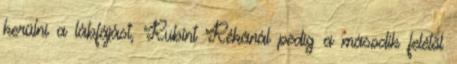
kerülni a lábfájást, Rubint Rékánál pedig a második felétől